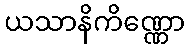
ယသာနိကိဏ္ဏော